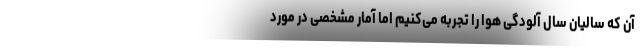
آن که سالیان سال آلودگی هوا را تجربه می‌کنیم اما آمار مشخصی در مورد